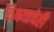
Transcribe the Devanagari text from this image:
विषयाचेही